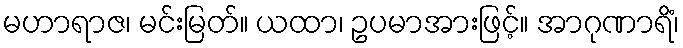
မဟာရာဇ၊ မင်းမြတ်။ ယထာ၊ ဥပမာအားဖြင့်။ အာဂုဏာရိံ၊